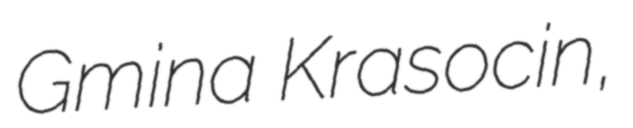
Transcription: Gmina Krasocin,